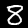
Label: 8